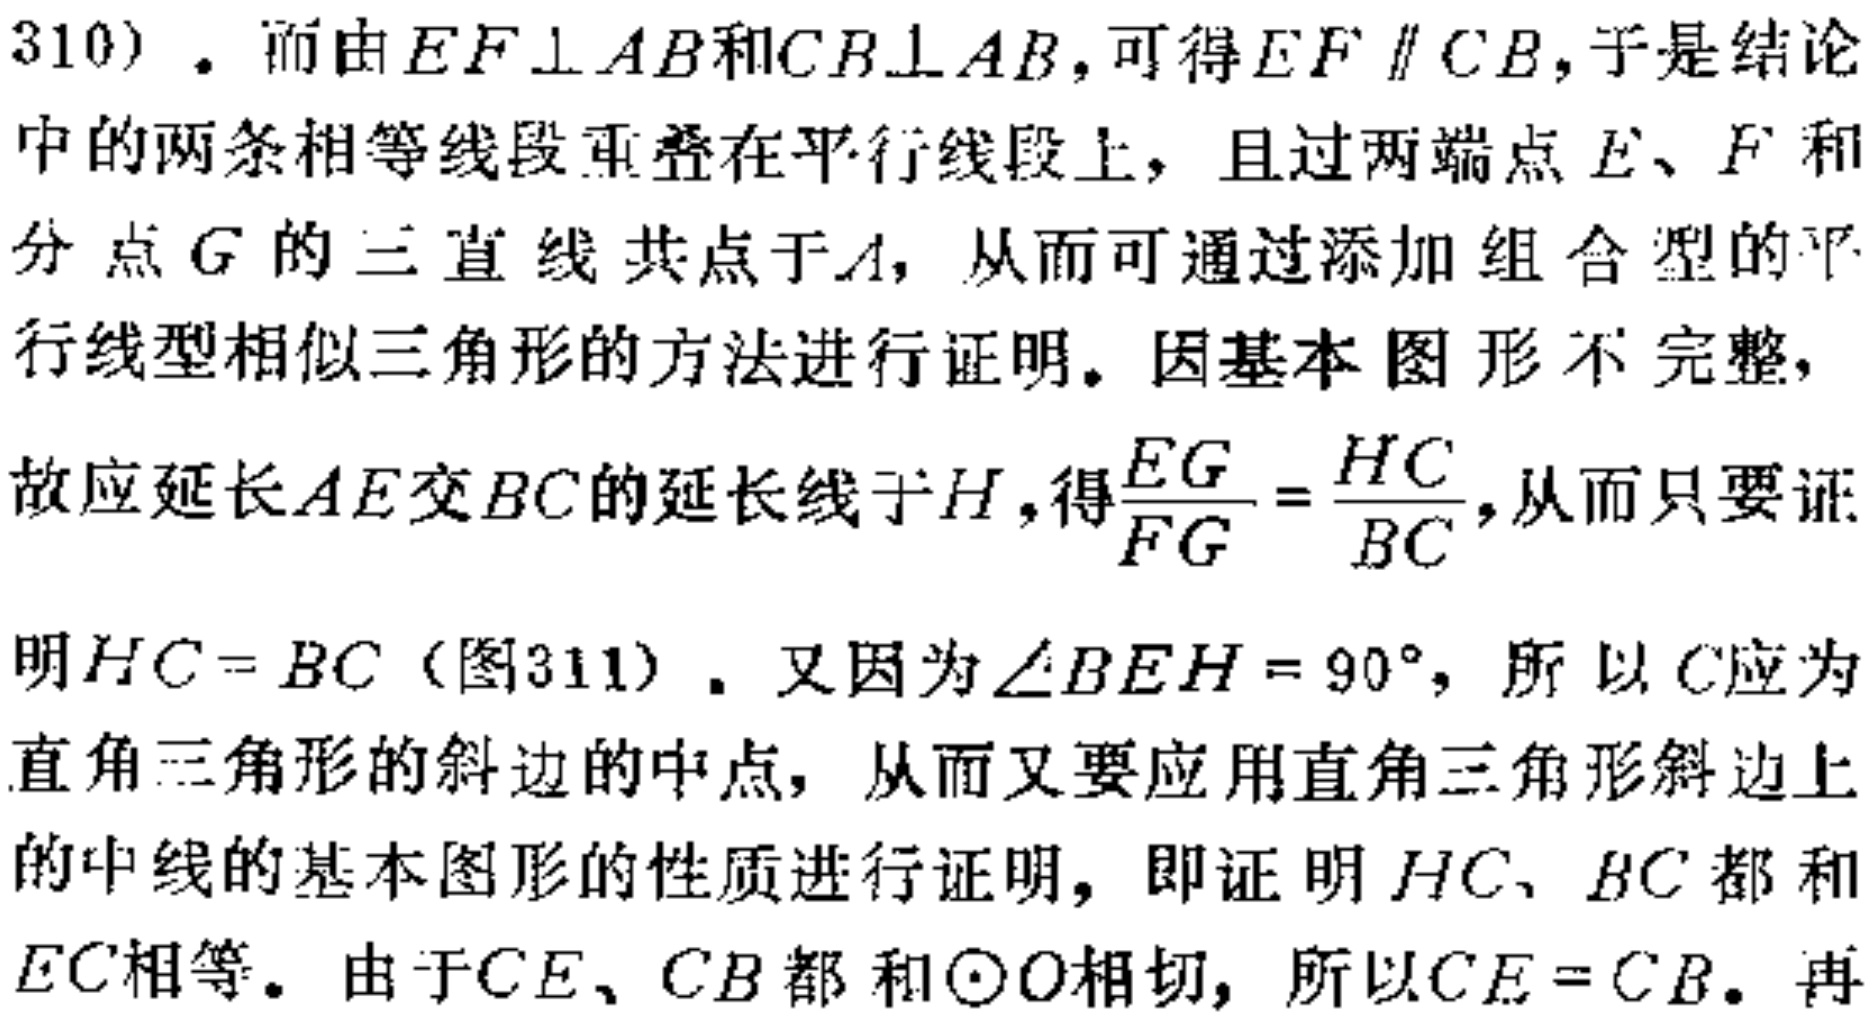
310). 而由 \(EF\perp AB\) 和 \(CB\perp AB\), 可得 \(EF\parallel CB\), 于是结论
中的两条相等线段重叠在平行线段上, 且过两端点 \(E\)、\(F\) 和
分点 \(G\) 的三直线共点于 \(A\), 从而可通过添加组合型的平
行线型相似三角形的方法进行证明. 因基本图形不完整,
故应延长 \(AE\) 交 \(BC\) 的延长线于 \(H\), 得\(\frac{EG}{FG}=\frac{HC}{BC}\), 从而只要证
明 \(HC = BC\) (图311). 又因为 \(\angle BEH = 90^{\circ}\), 所以 \(C\)应为
直角三角形的斜边的中点, 从而又要应用直角三角形斜边上
的中线的基本图形的性质进行证明, 即证明 \(HC\)、\(BC\) 都和
\(EC\)相等. 由于 \(CE\)、\(CB\) 都和 \(\odot O\)相切, 所以 \(CE = CB\). 再